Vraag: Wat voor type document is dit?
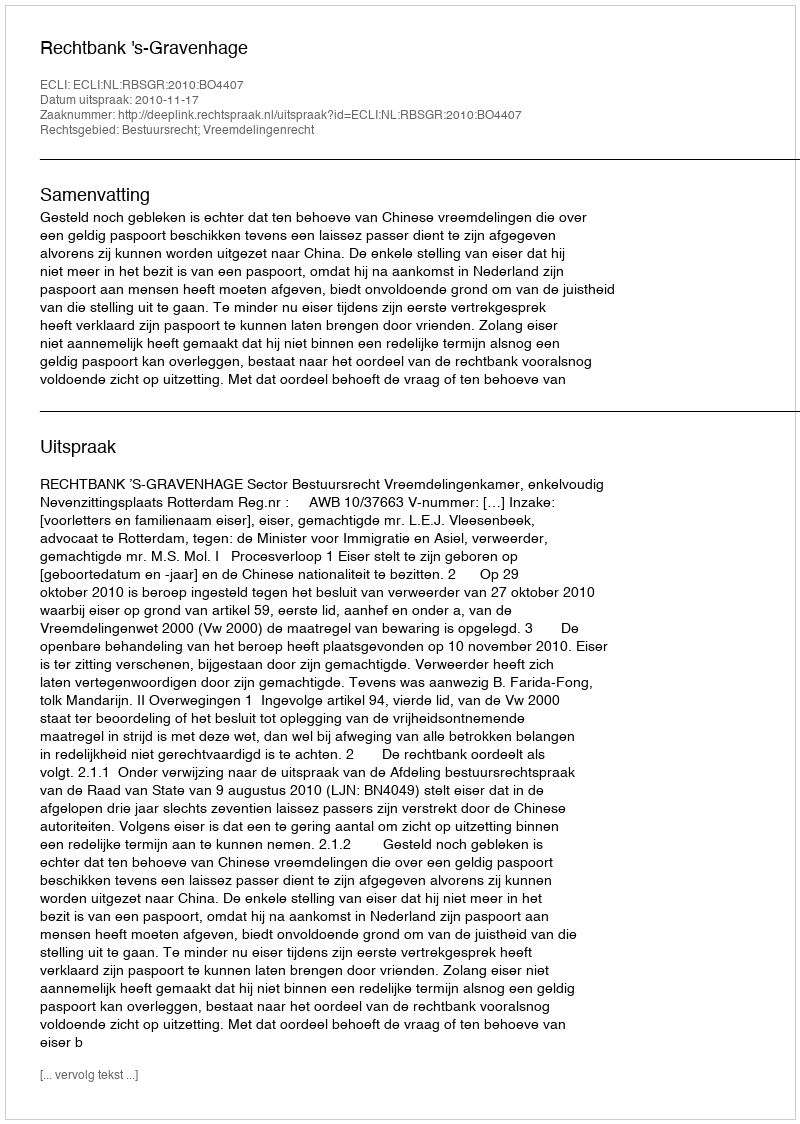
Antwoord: Uitspraak